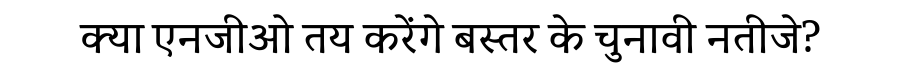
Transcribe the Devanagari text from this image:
क्या एनजीओ तय करेंगे बस्तर के चुनावी नतीजे?